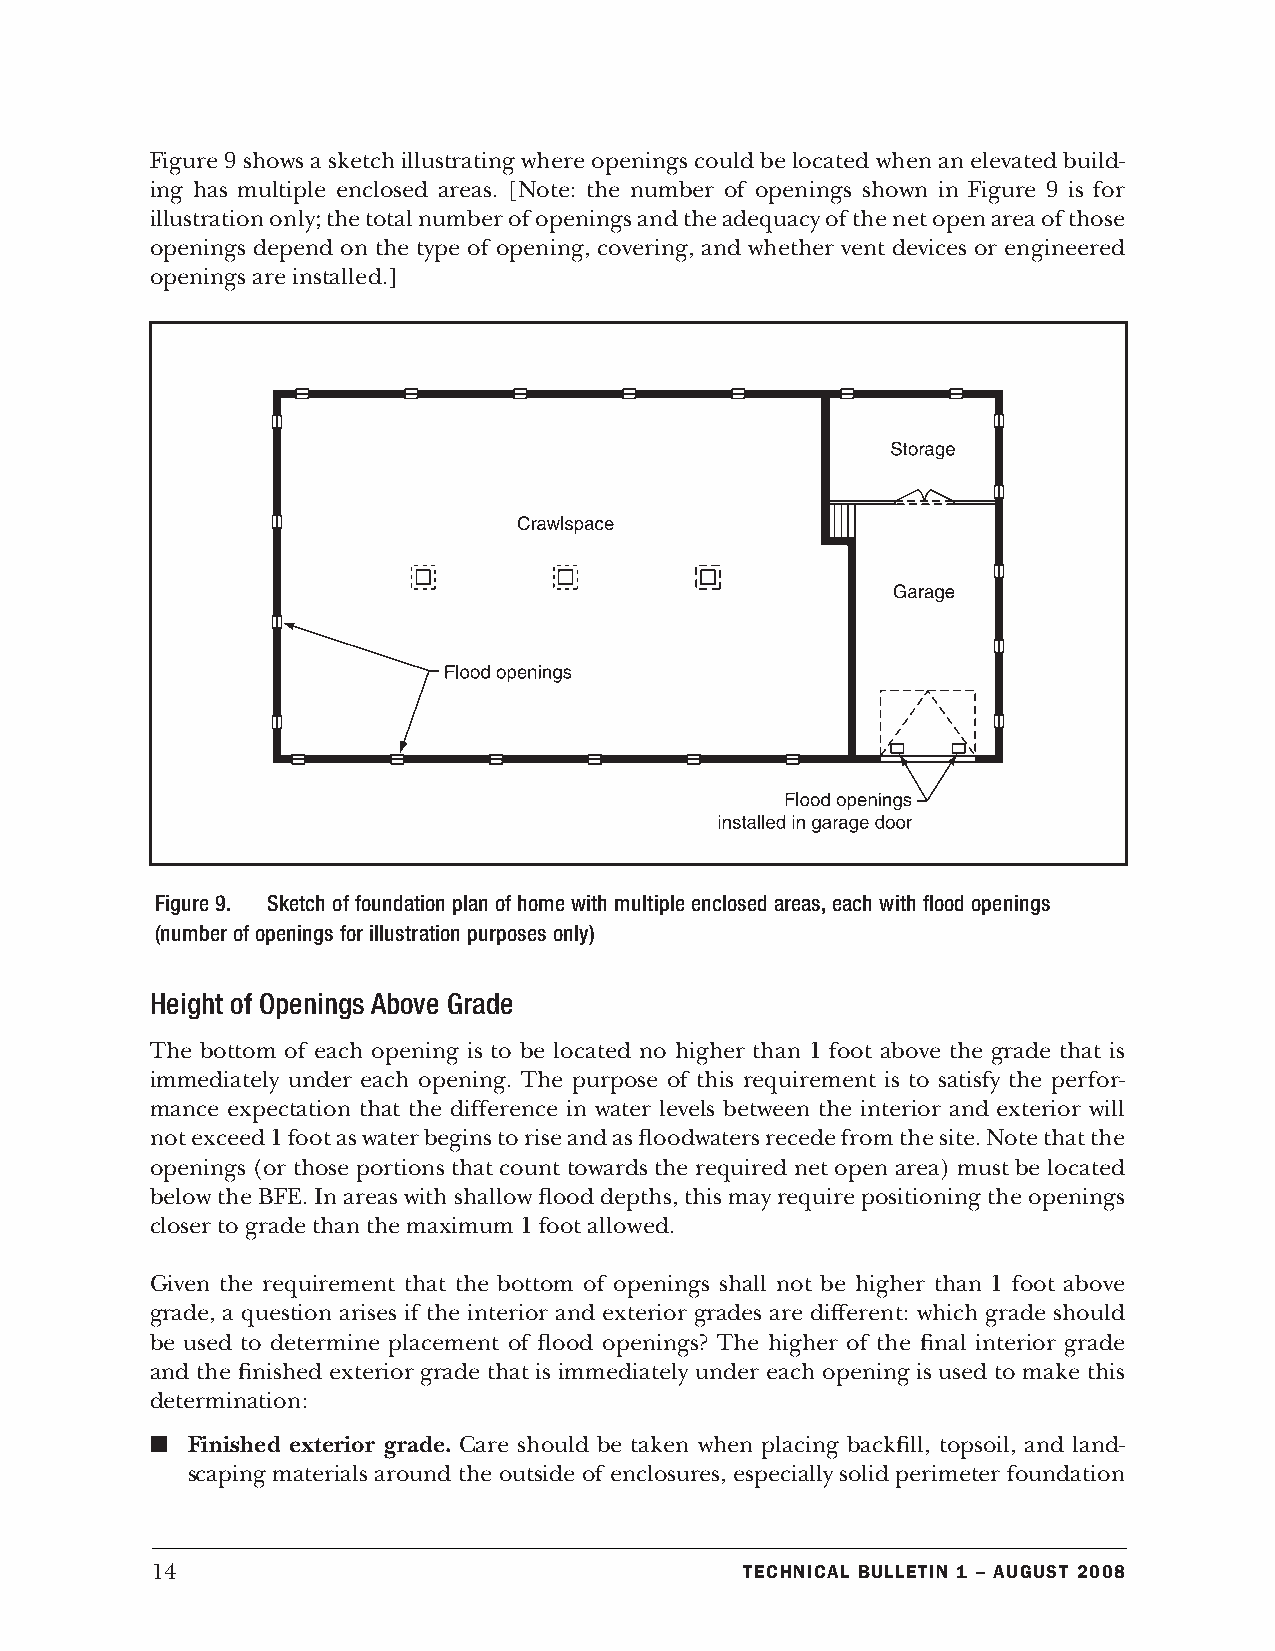
Figure 9 shows a sketch illustrating where openings could be located when an elevated build-
 ing has multiple enclosed areas. [Note: the number of openings shown in Figure 9 is for
 illustration only; the total number of openings and the adequacy of the net open area of those
 openings depend on the type of opening, covering, and whether vent devices or engineered
 openings are installed.]
 Figure 9. Sketch of foundation plan of home with multiple enclosed areas, each with flood openings
 (number of openings for illustration purposes only)
 Height of Openings Above Grade
 The bottom of each opening is to be located no higher than 1 foot above the grade that is
 immediately under each opening. The purpose of this requirement is to satisfy the perfor-
 mance expectation that the difference in water levels between the interior and exterior will
 not exceed 1 foot as water begins to rise and as floodwaters recede from the site. Note that the
 openings (or those portions that count towards the required net open area) must be located
 below the BFE. In areas with shallow flood depths, this may require positioning the openings
 closer to grade than the maximum 1 foot allowed.
 Given the requirement that the bottom of openings shall not be higher than 1 foot above
 grade, a question arises if the interior and exterior grades are different: which grade should
 be used to determine placement of flood openings? The higher of the final interior grade
 and the finished exterior grade that is immediately under each opening is used to make this
 determination:
 n Finished exterior grade. Care should be taken when placing backfill, topsoil, and land-
 scaping materials around the outside of enclosures, especially solid perimeter foundation
 14                                     Technical BulleTin 1 – augusT 2008